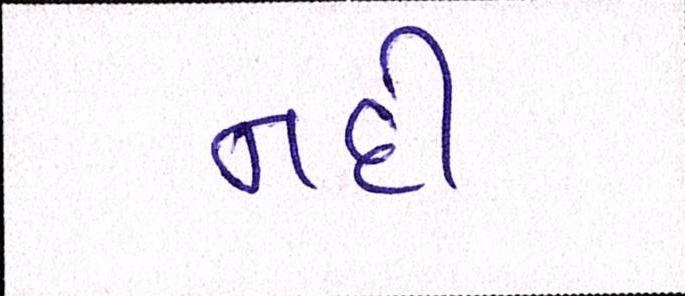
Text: નદી